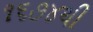
૧૬૭૪થી